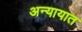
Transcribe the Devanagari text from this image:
अन्यायात